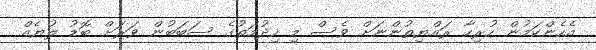
އެހެންކަމުން ހުރިހާ ރައްޔިތުންނަށް ވެސް މި ހިދުމަތުގެ ސަބަބުން ވަރަށް ބޮޑު ލުޔެއް